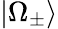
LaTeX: |\Omega_{\pm}\rangle